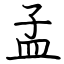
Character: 孟